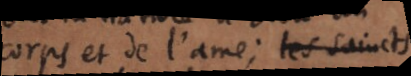
corps et de l’ame; les saincts